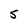
Character: 5